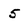
Character: 5